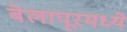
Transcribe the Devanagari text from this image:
बेलापूरमध्ये